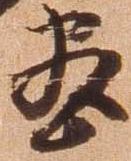
尽